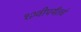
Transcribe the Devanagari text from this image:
१२वीपर्यंतचे